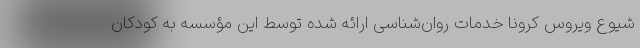
شيوع ويروس كرونا خدمات روان‌شناسی ارائه شده توسط این مؤسسه به کودکان